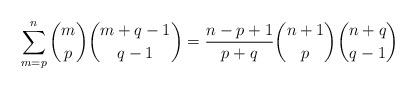
LaTeX: \begin{align*}\sum_{m=p}^{n}\binom{m}{p}\binom{m+q-1}{q-1}=\frac{n-p+1}{p+q}\binom{n+1}{p}\binom{n+q}{q-1}\end{align*}